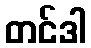
တင်ဒါ